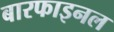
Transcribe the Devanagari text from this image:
बारफाइनल